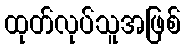
ထုတ်လုပ်သူအဖြစ်